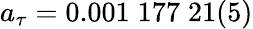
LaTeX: a_{\tau}=0.001\; 177\; 21(5)